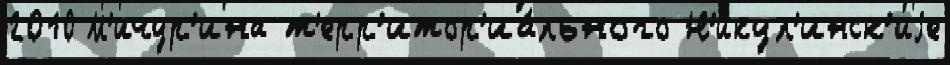
2010 М'ичур'ина т'ерр'итор'иа́льного Н'икул'инск'иjе